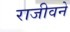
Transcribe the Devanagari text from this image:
राजीवने